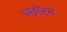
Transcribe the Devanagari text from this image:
पछोरने